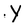
Character: Y